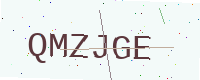
Text: QMZJGE